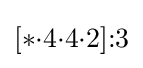
[*{\cdot }4{\cdot }4{\cdot }2]{:}3